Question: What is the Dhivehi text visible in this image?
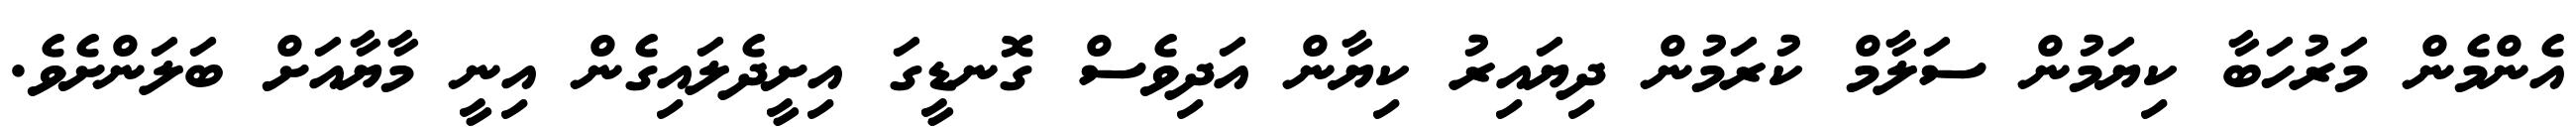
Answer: އެންމެން މަރުހަބާ ކިޔަމުން ސަލާމް ކުރަމުން ދިޔައިރު ކިޔާން އަދިވެސް ގޮނޑީގަ އިށީދެލައިގެން އިނީ މާޔާއަށް ބަލަންށެވެ.